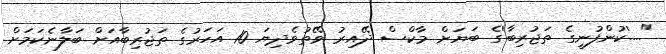
"....'ކުންފުނީގެ ތަޖުރިބާ'ގެ ބަޔަށް މާކްސް ދޭއިރު ވޭތުވެދިޔަ 10 އަހަރުގެ ތަޖުރިބާއަށް ބަލާނެކަމަށް